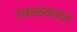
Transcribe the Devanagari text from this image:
उकळवतात